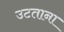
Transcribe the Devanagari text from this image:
उटताना